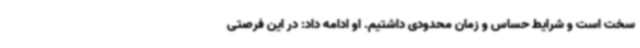
سخت است و شرایط حساس و زمان محدودی داشتیم. او ادامه داد: در این فرصتی